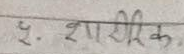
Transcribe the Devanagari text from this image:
२. शारीरिक